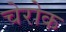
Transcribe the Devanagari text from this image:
चेरोक